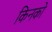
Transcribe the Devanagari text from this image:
किनको